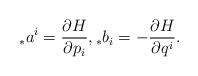
LaTeX: \begin{align*}{_{*}a}^{i}=\frac{\partial H}{\partial p_{i}}, {_{*}b}_{i}=-\frac{\partial H}{\partial q^{i}}.\end{align*}